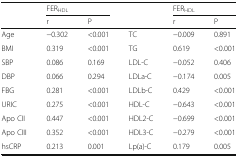
|  | <COLSPAN=2> FERHDL |  | <COLSPAN=2> FERHDL |
 |  | r | P |  | r | P |
 | --- | --- | --- | --- | --- | --- |
 | Age | −0.302 | <0.001 | TC | −0.009 | 0.891 |
 | BMI | 0.319 | <0.001 | TG | 0.619 | <0.001 |
 | SBP | 0.086 | 0.169 | LDL-C | −0.052 | 0.406 |
 | DBP | 0.066 | 0.294 | LDLa-C | −0.174 | 0.005 |
 | FBG | 0.281 | <0.001 | LDLb-C | 0.429 | <0.001 |
 | URIC | 0.275 | <0.001 | HDL-C | −0.643 | <0.001 |
 | Apo CII | 0.447 | <0.001 | HDL2-C | −0.699 | <0.001 |
 | Apo CIII | 0.352 | <0.001 | HDL3-C | −0.279 | <0.001 |
 | hsCRP | 0.213 | 0.001 | Lp(a)-C | 0.179 | 0.005 |